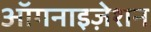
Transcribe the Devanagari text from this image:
ऑगनाइज़ेशन